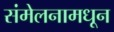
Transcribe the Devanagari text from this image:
संमेलनामधून